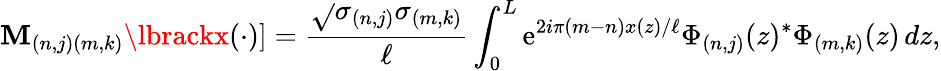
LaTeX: \mathbf{M}_{(n,j)(m,k)}\lbrackx(\cdot)\rbrack=\frac{{\sqrt{}{{\sigma_{(n,j)}\sigma_{(m,k)}}}}}{{\ell}}\int_{0}^{L}\mathrm{{e}}^{2i\pi(m-n)x(z)/\ell}\Phi_{(n,j)}(z)^{\ast}\Phi_{(m,k)}(z)\, dz,